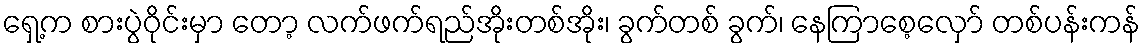
ရှေ့က စားပွဲဝိုင်းမှာ တော့ လက်ဖက်ရည်အိုးတစ်အိုး၊ ခွက်တစ် ခွက်၊ နေကြာစေ့လှော် တစ်ပန်းကန်